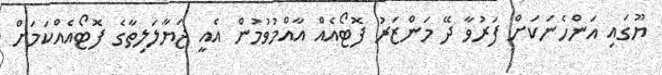
ޔޫގައި އަންހެނަކަށް ފަރުވާ ދޭ މަންޒަރު ފޮޓޯއެއް އާއްމުވުމުން އެއީ ޖަޔާލަލިތާގެ ފޮޓޯއެއްކަމަށް